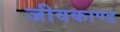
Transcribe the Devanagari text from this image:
जीवकाण्ड